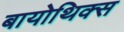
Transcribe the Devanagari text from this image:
बायोथिक्स